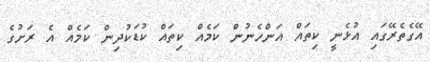
އޭގެތެރޭގައި އުޅެނީ ކިތައް އަންހެނުން ކަމެއް ކިތައް ކުޑަކުދިން ކަމެއް އެ ރަށުގެ